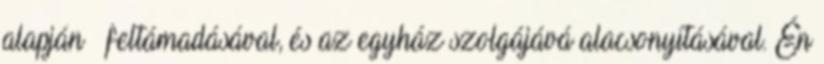
alapján – feltámadásával, és az egyház szolgájává alacsonyításával. Én